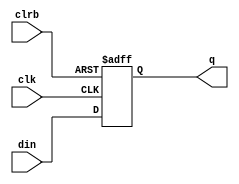
module async_dff(din,clrb,clk,q);
	input din,clk,clrb;
	output q;
	reg q;
	always@(posedge clk or negedge clrb)
	begin
		if(!clrb) q<=1'b0;
		else q<=din;
	end
endmodule